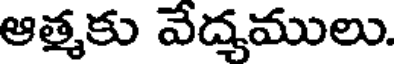
ఆత్మకు వేద్యములు.